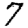
Digit: 7